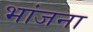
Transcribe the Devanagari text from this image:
भांजना